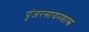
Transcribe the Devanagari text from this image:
पुंजरसायनशास्त्र